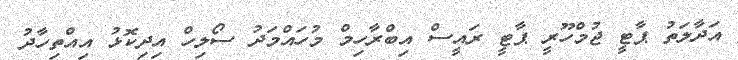
އަދާލަތު ޕާޓީ ޖުމްހޫރީ ޕާޓީ ރައީސް އިބްރާހިމް މުހައްމަދު ސޯލިހް އިދިކޮޅު އިއްތިހާދު